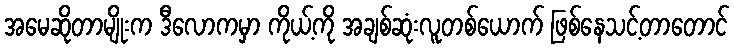
အမေဆိုတာမျိုးက ဒီလောကမှာ ကိုယ့်ကို အချစ်ဆုံးလူတစ်ယောက် ဖြစ်နေသင့်တာတောင်